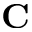
\mathbf C